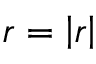
r = \left| \boldsymbol { r } \right|